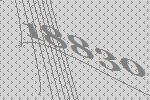
18830